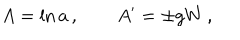
A = \ln a \, , \qquad A ^ { \prime } = \pm g W \, ,